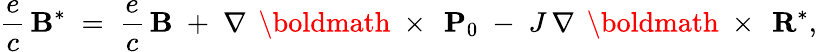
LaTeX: \frac{e}{c}\, {\mathbf B}^{*}\; =\; \frac{e}{c}\, {\mathbf B}\; +\; \nabla\, \mathrm{~\boldmath~\times~}\, {\mathbf P}_{0}\; -\; J\, \nabla\, \mathrm{~\boldmath~\times~}\, {\mathbf R}^{*},